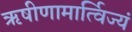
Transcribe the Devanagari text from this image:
ऋषीणामार्त्विज्यं